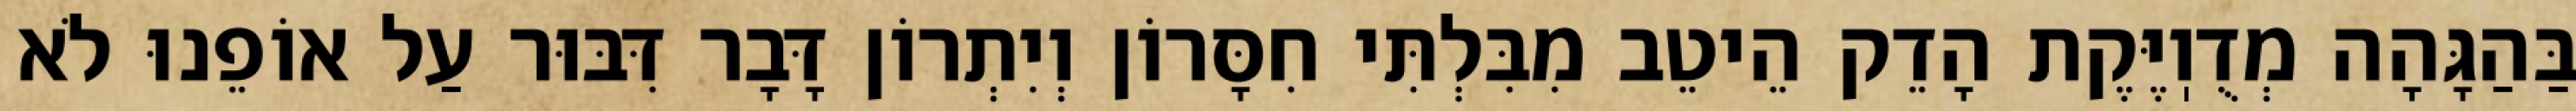
בַּהַגָּהָה מְדֻוֽיֶּקֶת הָדֵק הֵיטֵב מִבִּלְתִּי חִסָּרוֹן וְיִתְרוֹן דָּבָר דִּבּוּר עַל אוֹפֵנוּ לֹא